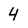
Character: 4